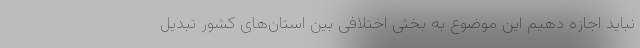
نباید اجازه دهیم این موضوع به بخثی اختلافی بین استان‌های کشور تبدیل